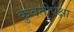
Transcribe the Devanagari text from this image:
कुवतीपेक्षा